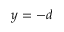
y = - d